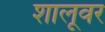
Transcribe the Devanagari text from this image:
शालूवर